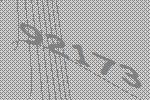
92173